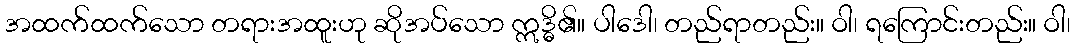
အထက်ထက်သော တရားအထူးဟု ဆိုအပ်သော ဣဒ္ဓိ၏။ ပါဒေါ၊ တည်ရာတည်း။ ဝါ၊ ရကြောင်းတည်း။ ဝါ၊